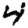
Digit: 4